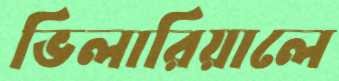
ভিলারিয়ালে